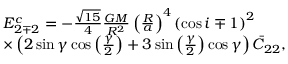
\begin{array} { r l } & { E _ { 2 \mp 2 } ^ { c } = - \frac { \sqrt { 1 5 } } { 4 } \frac { G M } { R ^ { 2 } } \left( \frac { R } { a } \right) ^ { 4 } \left( \cos i \mp 1 \right) ^ { 2 } } \\ & { \times \left( 2 \sin \gamma \cos \left( \frac { \gamma } { 2 } \right) + 3 \sin \left( \frac { \gamma } { 2 } \right) \cos \gamma \right) \bar { C } _ { 2 2 } , } \end{array}